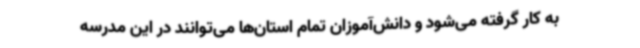
به کار گرفته می‌شود و دانش‌آموزان تمام استان‌ها می‌توانند در این مدرسه